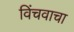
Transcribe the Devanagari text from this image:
विंचवाचा